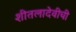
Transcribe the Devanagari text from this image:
शीतलादेवीची